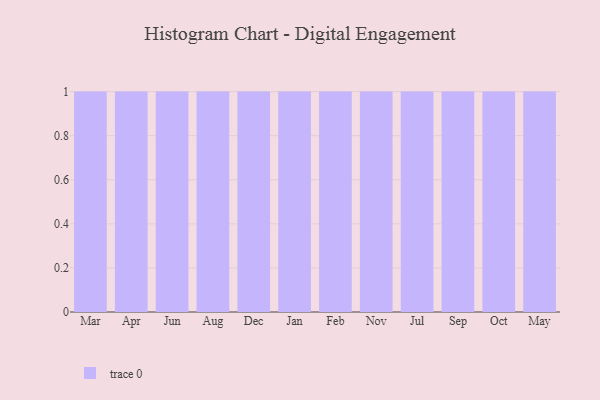
{"axis": {"x": "Month", "y": "Market Share (%)"}, "legend": [""], "data": [{"x": "Mar", "y": 39, "type": ""}, {"x": "Apr", "y": 47, "type": ""}, {"x": "Jun", "y": 93, "type": ""}, {"x": "Aug", "y": 25, "type": ""}, {"x": "Dec", "y": 61, "type": ""}, {"x": "Jan", "y": 71, "type": ""}, {"x": "Feb", "y": 34, "type": ""}, {"x": "Nov", "y": 95, "type": ""}, {"x": "Jul", "y": 17, "type": ""}, {"x": "Sep", "y": 17, "type": ""}, {"x": "Oct", "y": 46, "type": ""}, {"x": "May", "y": 4, "type": ""}]}